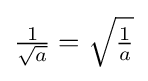
{\textstyle {\frac {1}{\sqrt {a}}}={\sqrt {\frac {1}{a}}}}